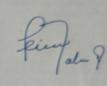
Signature authenticity: forged